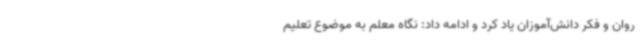
روان و فکر دانش‌آموزان یاد کرد و ادامه داد: نگاه معلم به موضوع تعلیم